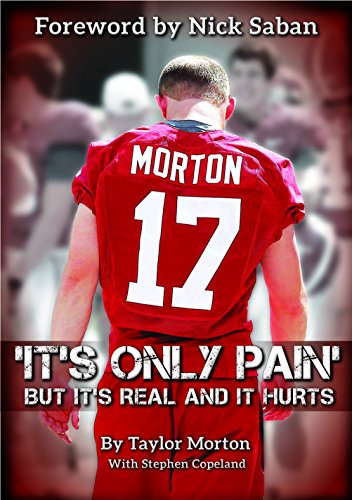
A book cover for It's Only Pain: But It's Real and It Hurts; Taylor Morton; Biographies & Memoirs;